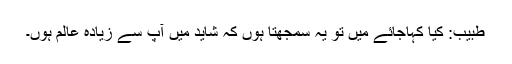
طبیب: کیا کہاجائے میں تو یہ سمجھتا ہوں کہ شاید میں آپ سے زیادہ عالم ہوں۔